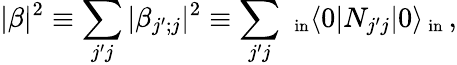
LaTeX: |\beta|^{2}\equiv\sum_{j^{\prime}j}|\beta_{j^{\prime};j}|^{2}\equiv\sum_{j^{\prime}j}\, _{\mathrm{\small~in}}\langle 0|N_{j^{\prime}j}|0\rangle_{\mathrm{\small~in}}\, ,